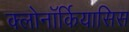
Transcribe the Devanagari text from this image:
क्लोनॉर्कियासिस